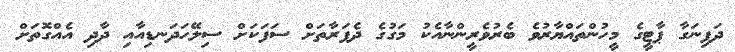
ދަފިނަގާ ޕާޓީގެ މީހުންތައްޔާރުވެ ބެރުވެރީންނާއެކު މަގުގެ ދެފަރާތަށް ސަފަކަށް ސިލޭހަދަނޑިއާއި ދާދި އެއްގޮތަށް